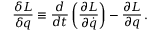
{ \frac { \delta L } { \delta q } } \equiv { \frac { d } { d t } } \left( { \frac { \partial L } { \partial \dot { q } } } \right) - { \frac { \partial L } { \partial q } } \, .